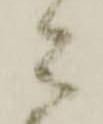
々